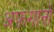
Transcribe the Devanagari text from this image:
अफ़गानो